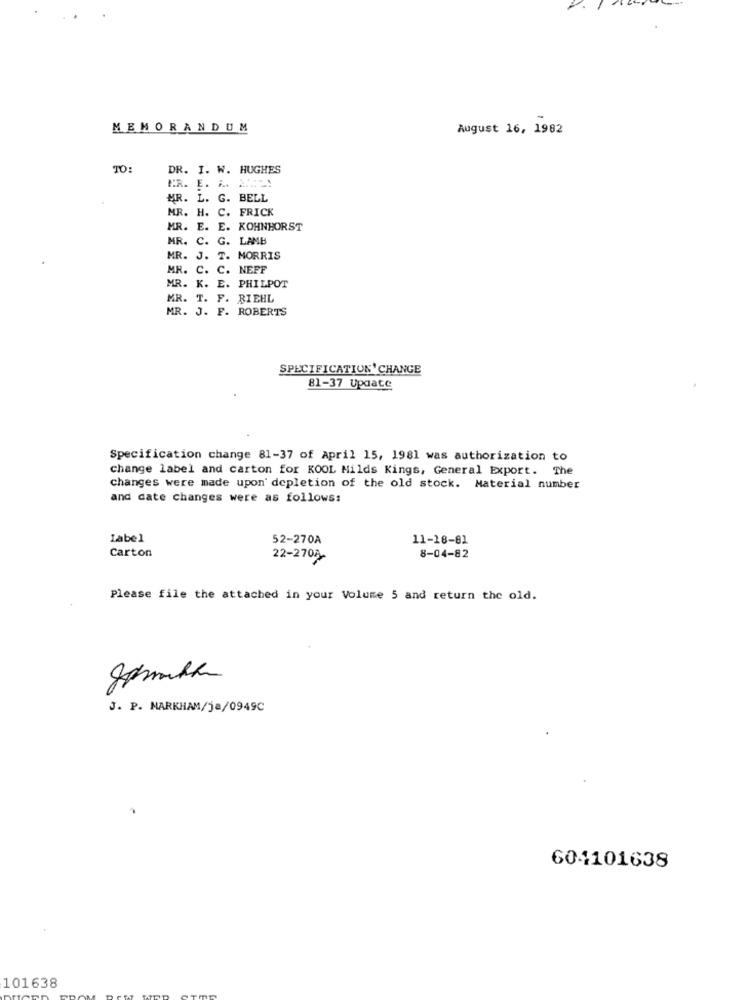
MEMORANDUM
August 16, 1982
TO:
DR. I. W. HUGHES
ER. ..... .....
MR. L. G. BELL
MR. H. C. FRICK
MR. E. E. KOHNHORST
MR. C. G. LAMB
MR. J. T. MORRIS
MR. C. C. NEFF
MR. K. E. PHILPOT
MR. T. F. BIEHL
MR. J. F. ROBERTS
SPECIFICATION' CHANGE
81-37 Update
Specification change 81-37 of April 15, 1981 was authorization to
change label and carton for KOOL Milds Kings, General Export. The
changes were made upon' depletion of the old stock. Material number
and date changes were as follows:
Label
52-270A
11-18-81
Carton
22-270
8-04-82
Please file the attached in your Volume 5 and return the old.
J. P. MARKHAM/ja/0949C
604101638
101638